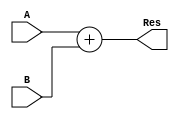
module Adder(A, B, Res);
	input [31:0] A, B;
	output reg [31:0] Res;

	assign Res = A + B;
endmodule